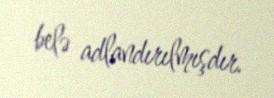
belə adlandırılmışdır.